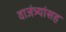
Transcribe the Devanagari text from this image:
वाजंत्र्यांसह